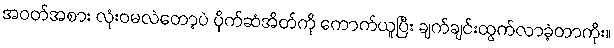
အဝတ်အစား လုံးဝမလဲတော့ပဲ ပိုက်ဆံအိတ်ကို ကောက်ယူပြီး ချက်ချင်းထွက်လာခဲ့တာကိုး။